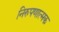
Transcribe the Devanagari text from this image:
निरुपणात्मक